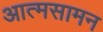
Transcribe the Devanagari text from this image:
आत्मसामन